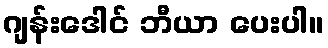
ဂျန်းဒေါင် ဘီယာ ပေးပါ။